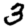
Digit: 3